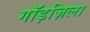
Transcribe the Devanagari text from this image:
गॉड़ज़िला